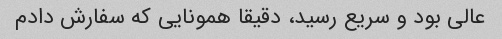
عالی بود و سریع رسید، دقیقا همونایی که سفارش دادم